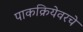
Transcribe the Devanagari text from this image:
पाकक्रियेवरचे